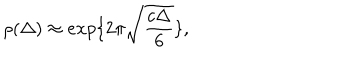
LaTeX: \rho ( \Delta ) \approx e x p \{ 2 \pi \sqrt { \frac { c \Delta } { 6 } } \} ,